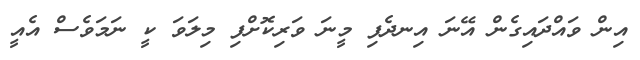
އިން ވައްދައިގެން އޭނަ އިނދެފި މީނަ ވަރިކޮށްފި މިލަވަ ކީ ނަމަވެސް އެއީ